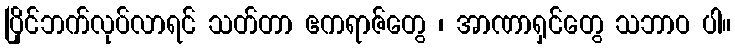
ပြိုင်ဘက်လုပ်လာရင် သတ်တာ ဧကရာဇ်တွေ ၊ အာဏာရှင်တွေ သဘာဝ ပါ။